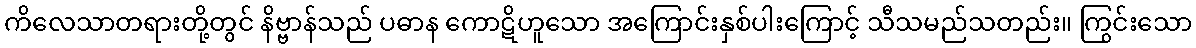
ကိလေသာတရားတို့တွင် နိဗ္ဗာန်သည် ပဓာန ကောဋိဟူသော အကြောင်းနှစ်ပါးကြောင့် သီသမည်သတည်း။ ကြွင်းသော